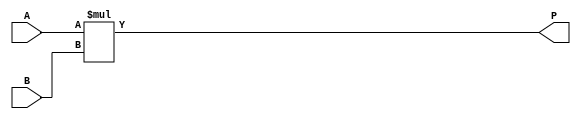
module parameterized_multiplier #(
    parameter A_width = 8,  // Bit-width of input A
    parameter B_width = 8   // Bit-width of input B
)(
    input  wire [A_width-1:0] A, // Input operand A
    input  wire [B_width-1:0] B, // Input operand B
    output wire [A_width + B_width - 1:0] P // Output product
);

    // Behavioral description of multiplication
    assign P = A * B;

endmodule